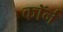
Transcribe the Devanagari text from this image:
कॉर्न